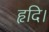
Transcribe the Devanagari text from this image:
हृदि।